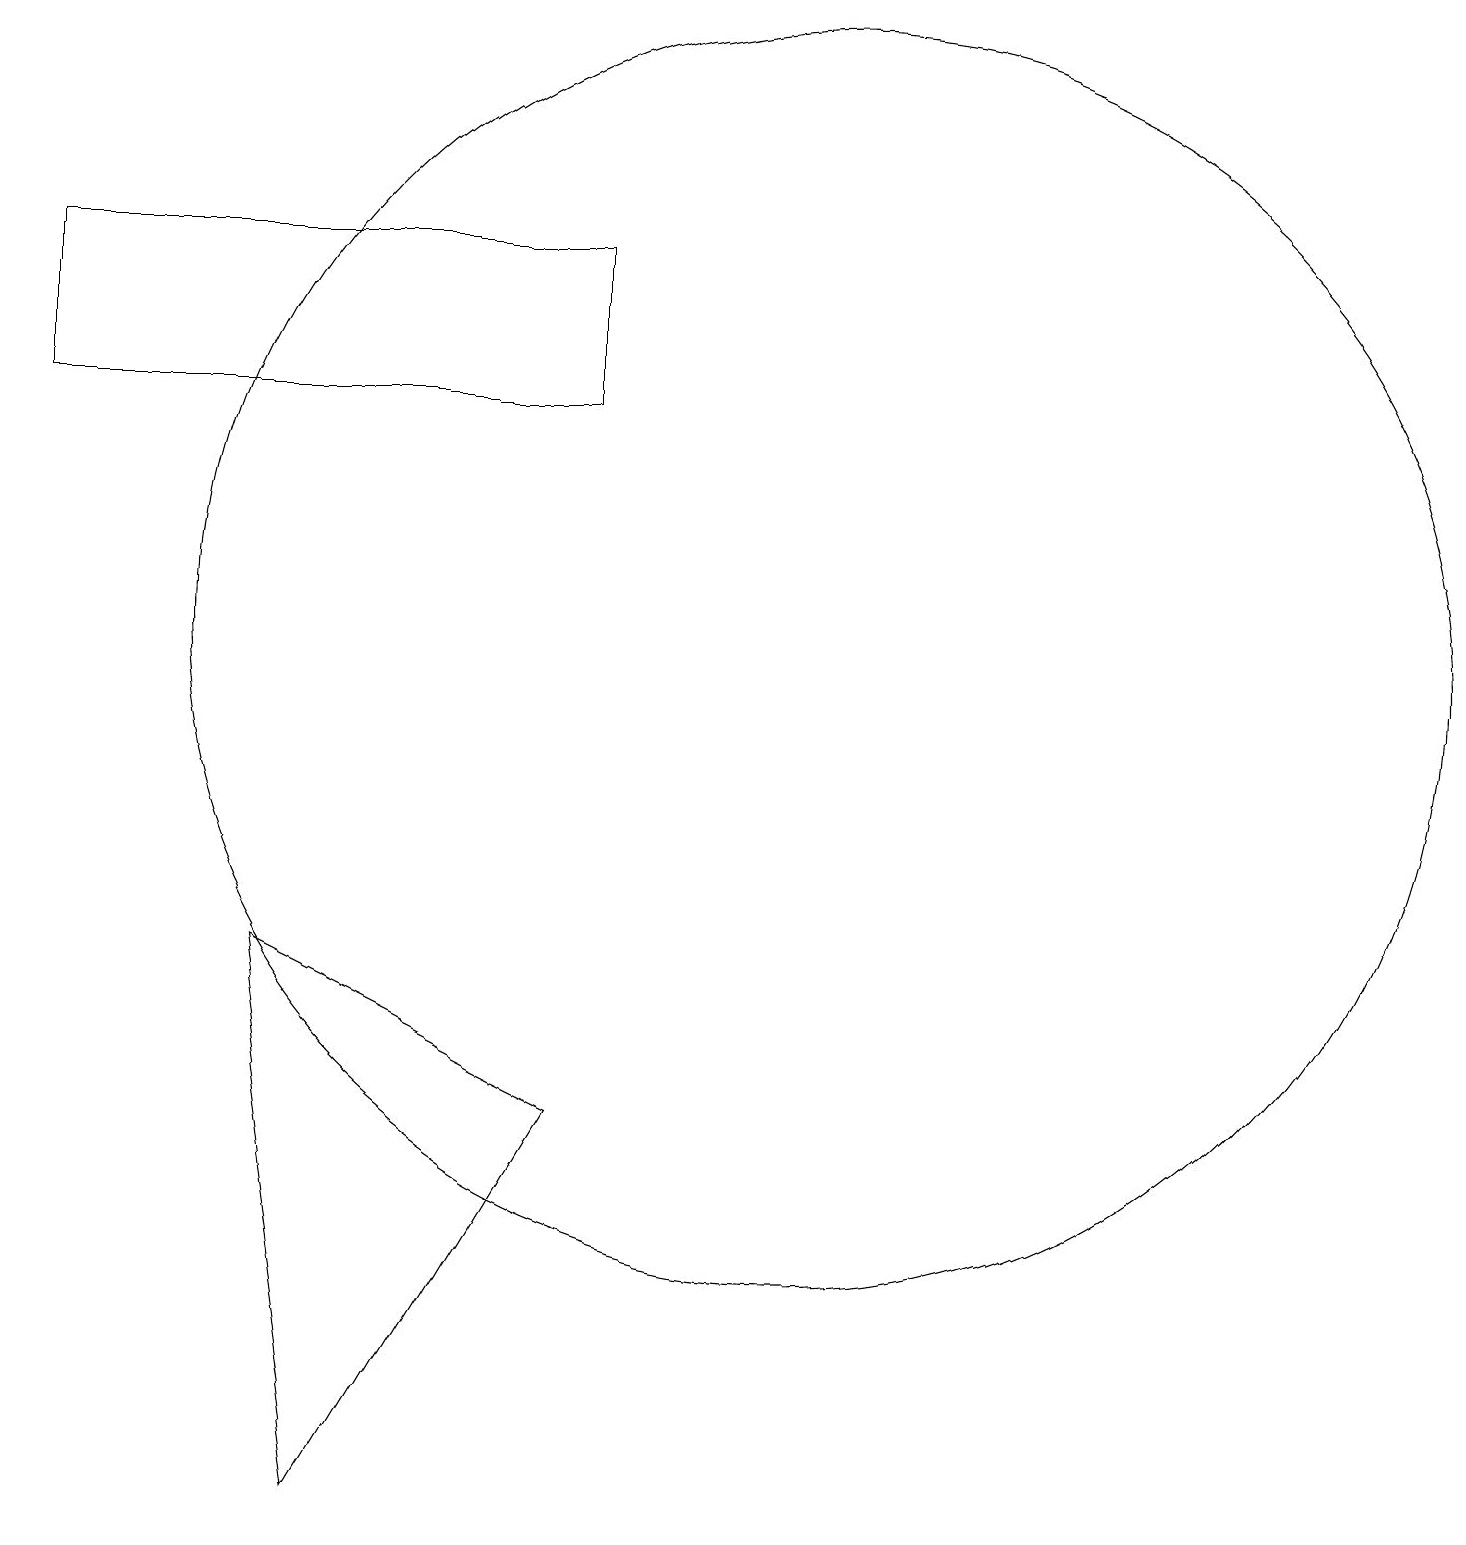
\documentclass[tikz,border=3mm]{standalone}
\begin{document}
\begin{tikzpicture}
\draw (11,11) circle (8);
\draw (8,14) rectangle (1,16);
\draw (5,0) -- (8,5) -- (4,7) -- cycle;
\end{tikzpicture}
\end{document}